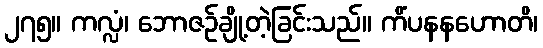
၂၇၅။ ကလ္လံ၊ ဘောဇဉ်ချို့တဲ့ခြင်းသည်။ ကိံပနနဟောတိ၊